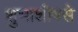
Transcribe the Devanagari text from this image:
शुभाशीषसे